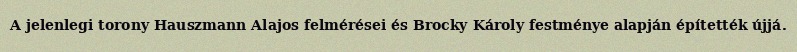
A jelenlegi torony Hauszmann Alajos felmérései és Brocky Károly festménye alapján építették újjá.